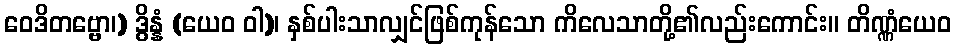
ဝေဒိတဗ္ဗော၊) ဒွိန္နံ (ယေဝ ဝါ)၊ နှစ်ပါးသာလျှင်ဖြစ်ကုန်သော ကိလေသာတို့၏လည်းကောင်း။ တိဏ္ဏံယေဝ